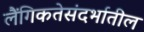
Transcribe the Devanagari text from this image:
लैंगिकतेसंदर्भातील